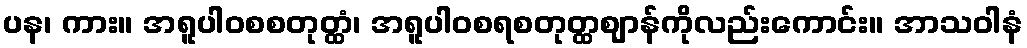
ပန၊ ကား။ အရူပါဝစစတုတ္ထံ၊ အရူပါဝစရစတုတ္ထဈာန်ကိုလည်းကောင်း။ အာသဝါနံ